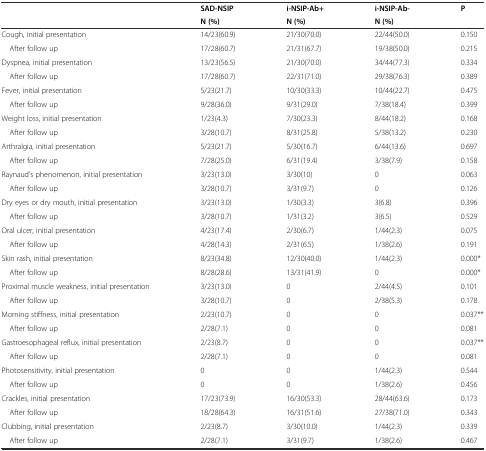
<table><thead><tr><td></td><td><b>SAD-NSIP</b></td><td><b>i-NSIP-Ab+</b></td><td><b>i-NSIP-Ab-</b></td><td><b>P</b></td></tr><tr><td></td><td><b>N (%)</b></td><td><b>N (%)</b></td><td><b>N (%)</b></td><td></td></tr></thead><tbody><tr><td>Cough, initial presentation</td><td>14/23(60.9)</td><td>21/30(70.0)</td><td>22/44(50.0)</td><td>0.150</td></tr><tr><td> After follow up</td><td>17/28(60.7)</td><td>21/31(67.7)</td><td>19/38(50.0)</td><td>0.215</td></tr><tr><td>Dyspnea, initial presentation</td><td>13/23(56.5)</td><td>21/30(70.0)</td><td>34/44(77.3)</td><td>0.334</td></tr><tr><td> After follow up</td><td>17/28(60.7)</td><td>22/31(71.0)</td><td>29/38(76.3)</td><td>0.389</td></tr><tr><td>Fever, initial presentation</td><td>5/23(21.7)</td><td>10/30(33.3)</td><td>10/44(22.7)</td><td>0.475</td></tr><tr><td> After follow up</td><td>9/28(36.0)</td><td>9/31(29.0)</td><td>7/38(18.4)</td><td>0.399</td></tr><tr><td>Weight loss, initial presentation</td><td>1/23(4.3)</td><td>7/30(23.3)</td><td>8/44(18.2)</td><td>0.168</td></tr><tr><td> After follow up</td><td>3/28(10.7)</td><td>8/31(25.8)</td><td>5/38(13.2)</td><td>0.230</td></tr><tr><td>Arthralgia, initial presentation</td><td>5/23(21.7)</td><td>5/30(16.7)</td><td>6/44(13.6)</td><td>0.697</td></tr><tr><td> After follow up</td><td>7/28(25.0)</td><td>6/31(19.4)</td><td>3/38(7.9)</td><td>0.158</td></tr><tr><td>Raynaud’s phenomenon, initial presentation</td><td>3/23(13.0)</td><td>3/30(10)</td><td>0</td><td>0.063</td></tr><tr><td> After follow up</td><td>3/28(10.7)</td><td>3/31(9.7)</td><td>0</td><td>0.126</td></tr><tr><td>Dry eyes or dry mouth, initial presentation</td><td>3/23(13.0)</td><td>1/30(3.3)</td><td>3(6.8)</td><td>0.396</td></tr><tr><td> After follow up</td><td>3/28(10.7)</td><td>1/31(3.2)</td><td>3(6.5)</td><td>0.529</td></tr><tr><td>Oral ulcer, initial presentation</td><td>4/23(17.4)</td><td>2/30(6.7)</td><td>1/44(2.3)</td><td>0.075</td></tr><tr><td> After follow up</td><td>4/28(14.3)</td><td>2/31(6.5)</td><td>1/38(2.6)</td><td>0.191</td></tr><tr><td>Skin rash, initial presentation</td><td>8/23(34.8)</td><td>12/30(40.0)</td><td>1/44(2.3)</td><td>0.000*</td></tr><tr><td> After follow up</td><td>8/28(28.6)</td><td>13/31(41.9)</td><td>0</td><td>0.000*</td></tr><tr><td>Proximal muscle weakness, initial presentation</td><td>3/23(13.0)</td><td>0</td><td>2/44(4.5)</td><td>0.101</td></tr><tr><td> After follow up</td><td>3/28(10.7)</td><td>0</td><td>2/38(5.3)</td><td>0.178</td></tr><tr><td>Morning stiffness, initial presentation</td><td>2/23(10.7)</td><td>0</td><td>0</td><td>0.037**</td></tr><tr><td> After follow up</td><td>2/28(7.1)</td><td>0</td><td>0</td><td>0.081</td></tr><tr><td>Gastroesophageal reflux, initial presentation</td><td>2/23(8.7)</td><td>0</td><td>0</td><td>0.037**</td></tr><tr><td> After follow up</td><td>2/28(7.1)</td><td>0</td><td>0</td><td>0.081</td></tr><tr><td>Photosensitivity, initial presentation</td><td>0</td><td>0</td><td>1/44(2.3)</td><td>0.544</td></tr><tr><td> After follow up</td><td>0</td><td>0</td><td>1/38(2.6)</td><td>0.456</td></tr><tr><td>Crackles, initial presentation</td><td>17/23(73.9)</td><td>16/30(53.3)</td><td>28/44(63.6)</td><td>0.173</td></tr><tr><td> After follow up</td><td>18/28(64.3)</td><td>16/31(51.6)</td><td>27/38(71.0)</td><td>0.343</td></tr><tr><td>Clubbing, initial presentation</td><td>2/23(8.7)</td><td>3/30(10.0)</td><td>1/44(2.3)</td><td>0.339</td></tr><tr><td> After follow up</td><td>2/28(7.1)</td><td>3/31(9.7)</td><td>1/38(2.6)</td><td>0.467</td></tr></tbody></table>